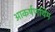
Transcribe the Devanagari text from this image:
आकर्षणयिम